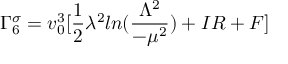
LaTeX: \Gamma _ { 6 } ^ { \sigma } = v _ { 0 } ^ { 3 } [ \frac { 1 } { 2 } \lambda ^ { 2 } l n ( \frac { \Lambda ^ { 2 } } { - \mu ^ { 2 } } ) + I R + F ]